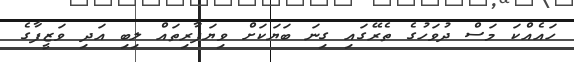
ހައެއްކަ މަސް ދުވަހުގެ ތެރޭގައި ގިނަ ބަޔަކަށް ވިޔަފާރިތައް ލިބި އަދި ވަޒީފާގެ